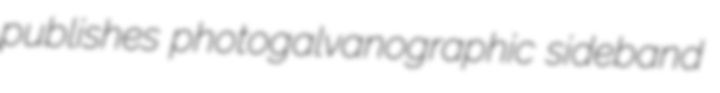
publishes photogalvanographic sideband